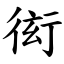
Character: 衒